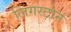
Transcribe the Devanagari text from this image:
लिंगस्टोन